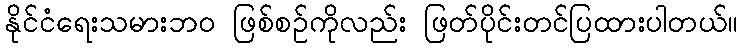
နိုင်ငံရေးသမားဘဝ ဖြစ်စဉ်ကိုလည်း ဖြတ်ပိုင်းတင်ပြထားပါတယ်။